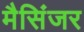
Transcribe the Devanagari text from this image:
मैसिंजर